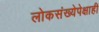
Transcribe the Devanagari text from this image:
लोकसंख्येपेक्षाही